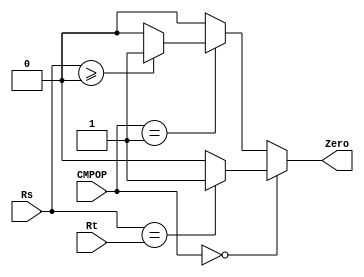
`timescale 1ns / 1ps
`define BEQ 4'b0000
`define BGEZ 4'b0001



module CMP(
    input [3:0] CMPOP,
    input [31:0] Rs,
    input [31:0] Rt,
    output reg Zero
    );
    always @(*) begin
        if (CMPOP==`BEQ) begin
            Zero = (Rs==Rt)?1:0;
        end
        else if (CMPOP==`BGEZ) begin
            Zero = ($signed(Rs)>=0)?1:0;
        end
        else
            Zero = 0;
    end

endmodule